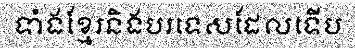
ទាំងខ្មែរនិងបរទេសដែលទើប